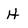
Character: H